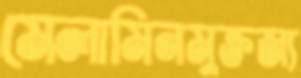
মেলামিনমুক্তজ্য